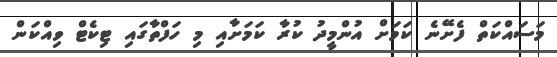
މަސައްކަތް ފެށޭނެ ކަމަށް އުންމީދު ކުރާ ކަމަށާއި މި ހަފްތާގައި ޓިކެޓް ވިއްކަން